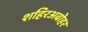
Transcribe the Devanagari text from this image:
शहिरअबोहर